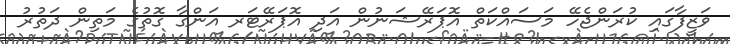
ވަޒީފާގައި ކުރަންޖެހޭ މަސައްކަތް އޮޕަރޭޝަނުން އަދި އޮޕަރޭޓަރ އަންގާ ގޮތުގެ މަތިން ދަތުރު